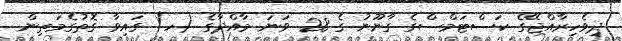
ދިވެހިރާއްޖޭގެ ކަސްޓަމްސްގެ ގާނޫނު ގެ 28 ވަނަ މާއްދާގެ (ހ) ގައިވާ ގޮތުގެމަތިން